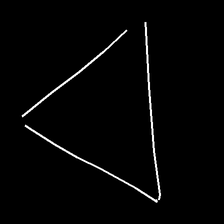
Glyph: convergence